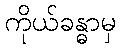
ကိုယ်ခန္ဓာမှ